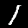
Digit: 1